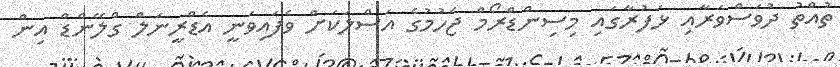
ތުއްތު ދުވަސްވަރާއި ޅަފުރާގައި މިސިންޑްރޯމް ޖެހުމުގެ އަސްލަކަށް ވެފައިވަނީ އެޑްރީނަލް ގްލޭންޑް އިން